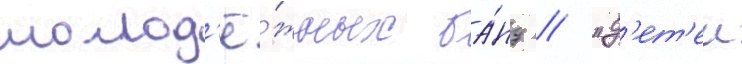
молод'ё́жных ба́нд / "д'ет'еи